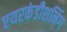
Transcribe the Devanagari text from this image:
एयरकंडीशनिंग